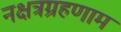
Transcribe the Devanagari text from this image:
नक्षत्रग्रहणाम